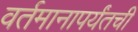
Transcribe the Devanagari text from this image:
वर्तमानापर्यंतची